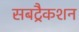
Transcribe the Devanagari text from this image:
सबट्रैकशन